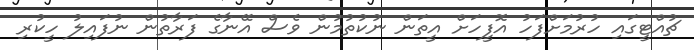
ޗުއްޓީގައި ހުރުމަށްފަހު އޮފީހަށް އީތަން ނުކުތުމުން ވެސް އޭނާގެ ފަރާތުން ނުފައިލު ހީކުރި